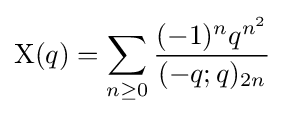
\mathrm {X} (q)=\sum _{n\geq 0}{\frac {(-1)^{n}q^{n^{2}}}{(-q;q)_{2n}}}